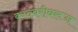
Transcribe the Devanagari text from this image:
कांदंबरीवरून